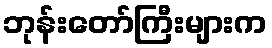
ဘုန်းတော်ကြီးများက